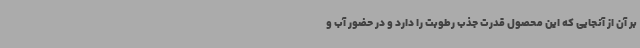
بر آن از آنجایی که این محصول قدرت جذب رطوبت را دارد و در حضور آب و